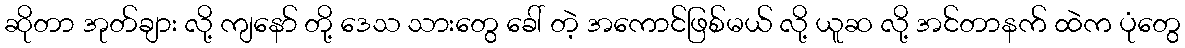
ဆိုတာ အုတ်ချား လို့ ကျနော် တို့ ဒေသ သားတွေ ခေါ် တဲ့ အကောင်ဖြစ်မယ် လို့ ယူဆ လို့ အင်တာနက် ထဲက ပုံတွေ